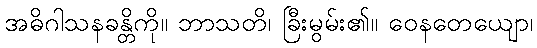
အဓိဂါသနခန္တိကို။ ဘာသတိ၊ ခြီးမွမ်း၏။ ဝေနတေယျော၊